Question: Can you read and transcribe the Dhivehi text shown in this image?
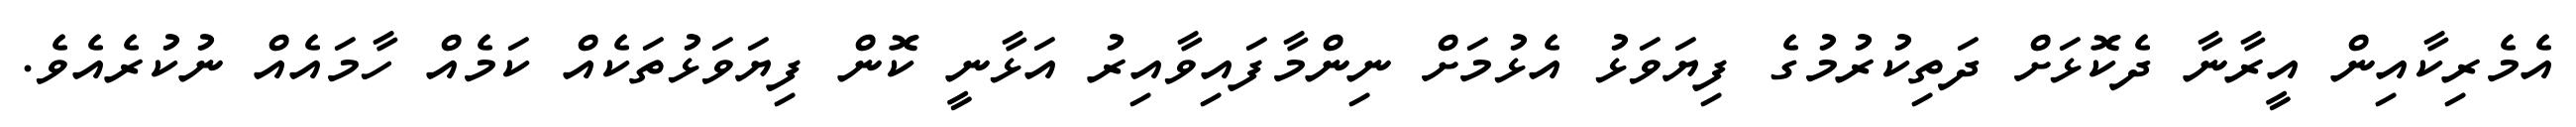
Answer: އެމެރިކާއިން އީރާނާ ދެކޮޅަށް ދަތިކުރުމުގެ ފިޔަވަޅު އެޅުމަށް ނިންމާފައިވާއިރު އަޅާނީ ކޮން ފިޔަވަޅުތަކެއް ކަމެއް ހާމައެއް ނުކުރެއެވެ.